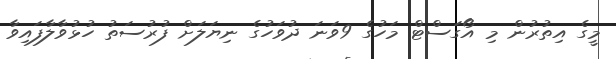
މީގެ އިތުރުން މި އޯގަސްޓް މަހުގެ 9ވަނަ ދުވަހުގެ ނިޔަލަށް ފުރުސަތު ހުޅުވާލާފައިވާ